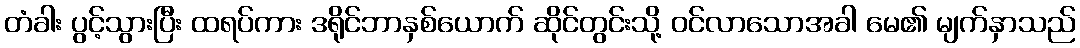
တံခါး ပွင့်သွားပြီး ထရပ်ကား ဒရိုင်ဘာနှစ်ယောက် ဆိုင်တွင်းသို့ ဝင်လာသောအခါ မေ၏ မျက်နှာသည်